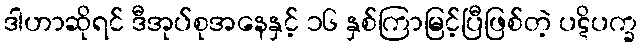
ဒါဟာဆိုရင် ဒီအုပ်စုအနေနှင့် ၁၆ နှစ်ကြာမြင့်ပြီဖြစ်တဲ့ ပဋိပက္ခ